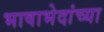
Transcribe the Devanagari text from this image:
भाषाभेदांच्या